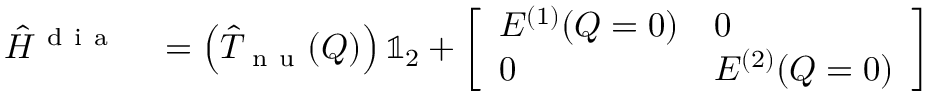
\begin{array} { r l } { \hat { H } ^ { \mathrm { ~ d ~ i ~ a ~ } } } & { { } = \left( \hat { T } _ { \mathrm { ~ n ~ u ~ } } ( \boldsymbol { Q } ) \right) \mathbb { 1 } _ { 2 } + \left[ \begin{array} { l l } { E ^ { ( 1 ) } ( \boldsymbol { Q } = 0 ) } & { 0 } \\ { 0 } & { E ^ { ( 2 ) } ( \boldsymbol { Q } = 0 ) } \end{array} \right] } \end{array}